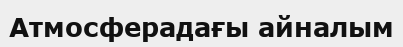
Атмосферадағы айналым